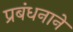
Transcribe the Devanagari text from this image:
प्रबंधनाने